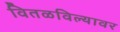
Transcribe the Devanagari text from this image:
वितळविल्यावर